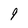
Character: 9